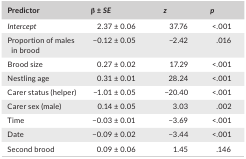
| Predictor | β ± SE | z | p |
 | --- | --- | --- | --- |
 | Intercept | 2.37 ± 0.06 | 37.76 | <.001 |
 | Proportion of males in brood | −0.12 ± 0.05 | −2.42 | .016 |
 | Brood size | 0.27 ± 0.02 | 17.29 | <.001 |
 | Nestling age | 0.31 ± 0.01 | 28.24 | <.001 |
 | Carer status (helper) | −1.01 ± 0.05 | −20.40 | <.001 |
 | Carer sex (male) | 0.14 ± 0.05 | 3.03 | .002 |
 | Time | −0.03 ± 0.01 | −3.69 | <.001 |
 | Date | −0.09 ± 0.02 | −3.44 | <.001 |
 | Second brood | 0.09 ± 0.06 | 1.45 | .146 |